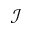
\mathcal { I }